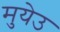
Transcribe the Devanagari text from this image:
मुयेउ